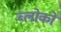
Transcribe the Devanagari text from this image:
ब्लोकों